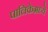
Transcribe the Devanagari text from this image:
पालिकेमध्ये